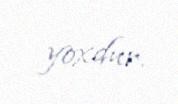
yoxdur.